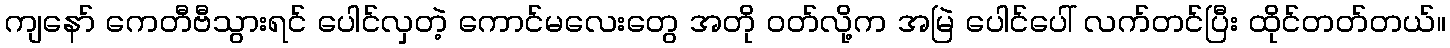
ကျနော် ကေတီဗီသွားရင် ပေါင်လှတဲ့ ကောင်မလေးတွေ အတို ဝတ်လို့က အမြဲ ပေါင်ပေါ် လက်တင်ပြီး ထိုင်တတ်တယ်။